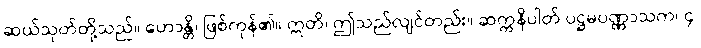
ဆယ်သုတ်တို့သည်။ ဟောန္တိ၊ ဖြစ်ကုန်၏။ ဣတိ၊ ဤသည်လျင်တည်း။ ဆက္ကနိပါတ် ပဋ္ဌမပဏ္ဏာသက၊ ၄၊